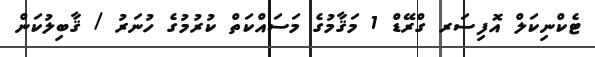
ޓެކްނިކަލް އޮފިސަރ ގްރޭޑް 1 މަޤާމުގެ މަސައްކަތް ކުރުމުގެ ހުނަރު / ޤާބިލުކަން